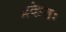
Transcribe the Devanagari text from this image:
प्रकेतः